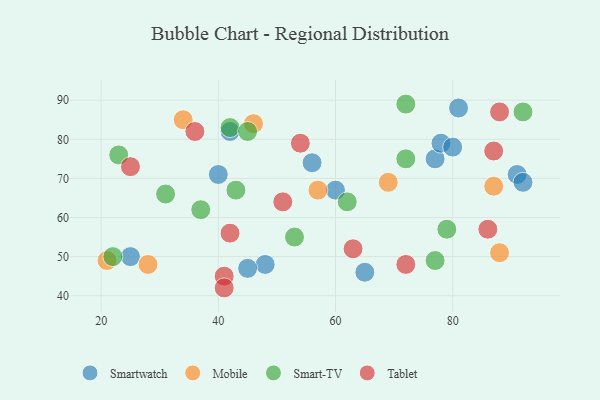
{"axis": {"x": "GDP", "y": "Life Expectancy"}, "legend": ["Mobile", "Smart-TV", "Smartwatch", "Tablet"], "data": [{"x": "60", "y": 67, "type": "Smartwatch"}, {"x": "77", "y": 75, "type": "Smartwatch"}, {"x": "78", "y": 79, "type": "Smartwatch"}, {"x": "91", "y": 71, "type": "Smartwatch"}, {"x": "42", "y": 82, "type": "Smartwatch"}, {"x": "40", "y": 71, "type": "Smartwatch"}, {"x": "48", "y": 48, "type": "Smartwatch"}, {"x": "25", "y": 50, "type": "Smartwatch"}, {"x": "92", "y": 69, "type": "Smartwatch"}, {"x": "81", "y": 88, "type": "Smartwatch"}, {"x": "45", "y": 47, "type": "Smartwatch"}, {"x": "56", "y": 74, "type": "Smartwatch"}, {"x": "65", "y": 46, "type": "Smartwatch"}, {"x": "80", "y": 78, "type": "Smartwatch"}, {"x": "28", "y": 48, "type": "Mobile"}, {"x": "57", "y": 67, "type": "Mobile"}, {"x": "46", "y": 84, "type": "Mobile"}, {"x": "69", "y": 69, "type": "Mobile"}, {"x": "21", "y": 49, "type": "Mobile"}, {"x": "34", "y": 85, "type": "Mobile"}, {"x": "87", "y": 68, "type": "Mobile"}, {"x": "88", "y": 51, "type": "Mobile"}, {"x": "72", "y": 75, "type": "Smart-TV"}, {"x": "62", "y": 64, "type": "Smart-TV"}, {"x": "31", "y": 66, "type": "Smart-TV"}, {"x": "53", "y": 55, "type": "Smart-TV"}, {"x": "92", "y": 87, "type": "Smart-TV"}, {"x": "77", "y": 49, "type": "Smart-TV"}, {"x": "37", "y": 62, "type": "Smart-TV"}, {"x": "79", "y": 57, "type": "Smart-TV"}, {"x": "23", "y": 76, "type": "Smart-TV"}, {"x": "72", "y": 89, "type": "Smart-TV"}, {"x": "42", "y": 83, "type": "Smart-TV"}, {"x": "22", "y": 50, "type": "Smart-TV"}, {"x": "45", "y": 82, "type": "Smart-TV"}, {"x": "43", "y": 67, "type": "Smart-TV"}, {"x": "25", "y": 73, "type": "Tablet"}, {"x": "72", "y": 48, "type": "Tablet"}, {"x": "42", "y": 56, "type": "Tablet"}, {"x": "51", "y": 64, "type": "Tablet"}, {"x": "88", "y": 87, "type": "Tablet"}, {"x": "36", "y": 82, "type": "Tablet"}, {"x": "41", "y": 45, "type": "Tablet"}, {"x": "63", "y": 52, "type": "Tablet"}, {"x": "86", "y": 57, "type": "Tablet"}, {"x": "41", "y": 42, "type": "Tablet"}, {"x": "87", "y": 77, "type": "Tablet"}, {"x": "54", "y": 79, "type": "Tablet"}]}